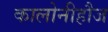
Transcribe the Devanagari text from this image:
कालोनीहौज